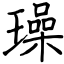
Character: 璪